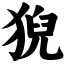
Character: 猊